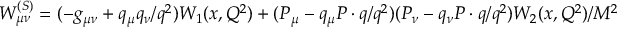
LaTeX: W _ { \mu \nu } ^ { ( S ) } = ( - g _ { \mu \nu } + { q _ { \mu } q _ { \nu } } / { q ^ { 2 } } ) W _ { 1 } ( x , Q ^ { 2 } ) + ( P _ { \mu } - q _ { \mu } { P \cdot q } / { q ^ { 2 } } ) ( P _ { \nu } - q _ { \nu } { P \cdot q } / { q ^ { 2 } } ) { W _ { 2 } ( x , Q ^ { 2 } ) } / { M ^ { 2 } }